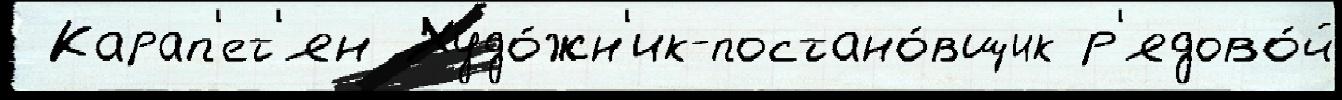
 Карап'ет'ян Худо́жн'ик-постано́вщик р'ядово́й